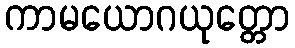
ကာမယောဂယုတ္တော